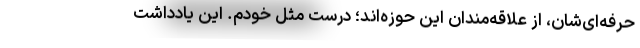
حرفه‌ای‌شان، از علاقه‌مندان این حوزه‌اند؛ درست مثل خودم. این یادداشت